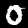
Label: 0